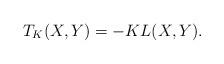
LaTeX: \begin{align*}T_K(X,Y)=-KL(X,Y).\end{align*}